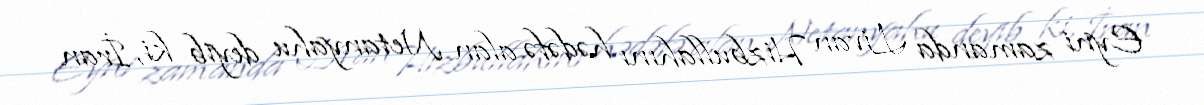
Eyni zamanda Livan Hizbullahını hədəfə alan Netanyahu deyib ki, İran